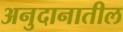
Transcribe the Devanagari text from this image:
अनुदानातील